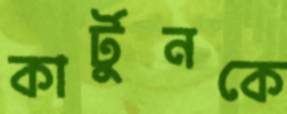
কার্টুনকে